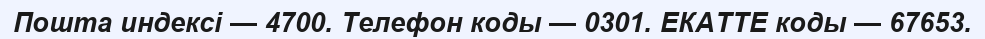
Пошта индексі — 4700. Телефон коды — 0301. ЕКАТТЕ коды — 67653.